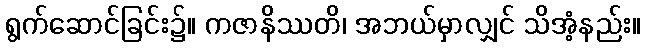
ရွက်ဆောင်ခြင်း၌။ ကဇာနိဿတိ၊ အဘယ်မှာလျှင် သိအံ့နည်း။